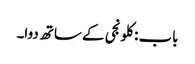
باب : کلونجی کے ساتھ دوا۔